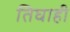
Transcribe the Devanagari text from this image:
तिघाही